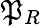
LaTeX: \mathfrak{P}_{R}